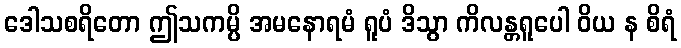
ဒေါသစရိတော ဤသကမ္ပိ အမနောရမံ ရူပံ ဒိသွာ ကိလန္တရူပေါ ဝိယ န စိရံ